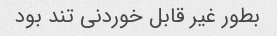
بطور غیر قابل خوردنی تند بود